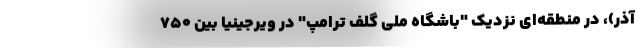
آذر)، در منطقه‌ای نزدیک "باشگاه ملی گلف ترامپ" در ویرجینیا بین 750